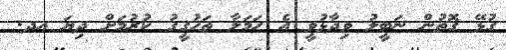
ގުޅޭ ގޮތުން ނަބީލު ވިދާޅުވީ އެ ހަމަލާ ތަހުގީގު ކުރުމަށް ދިޔަ އދ.